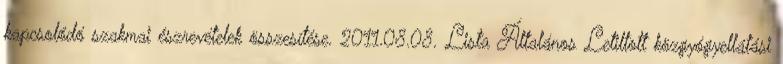
kapcsolódó szakmai észrevételek összesítése. 2011.08.08. Lista Általános Letiltott közgyógyellátási